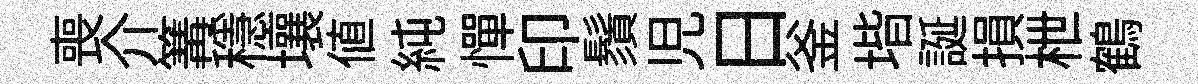
喪介篝穩壤値純憚印鬚児日釜堦誕損枻鶴